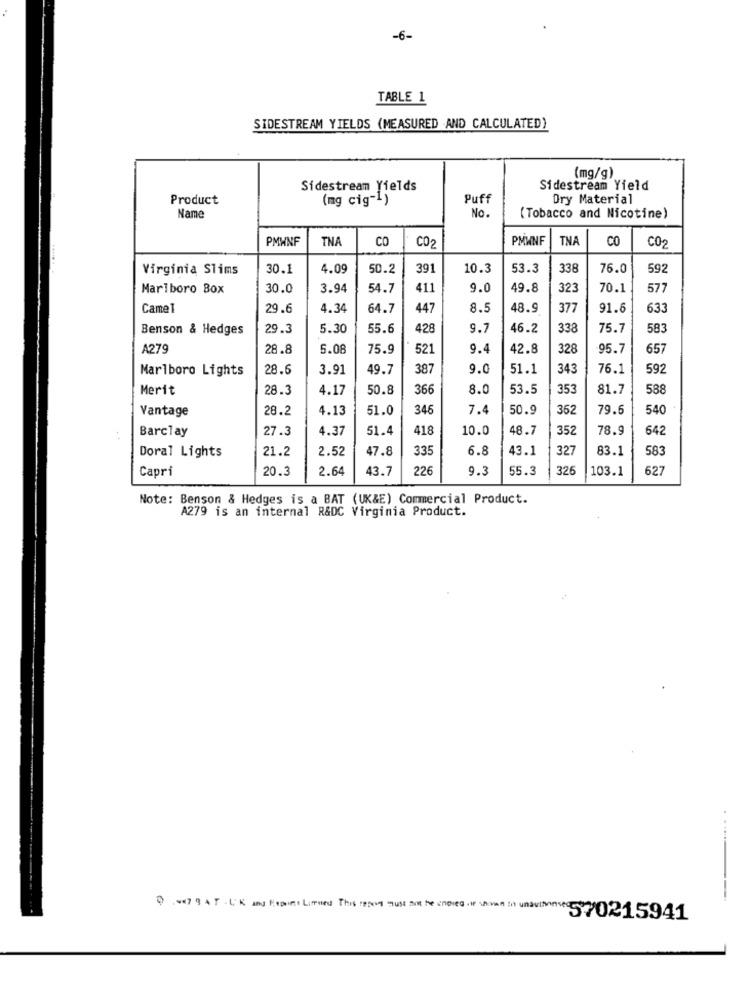
-6-
TABLE 1
SIDESTREAM YIELDS (MEASURED .AND CALCULATED)
(mg/g)
Sidestream Yields
Sidestream Yield
Product
(mg cig-1)
Puff
Dry Material
No.
Name
(Tobacco and Nicotine)
PMWNF
TNA
CO
PMWNF
TNA
CO
CO2
C02
Virginia Slims
30.1
4.09
50.2
391
10.3
53.3
338
76.0
592
Marlboro Box
30.0
3.94
54.7
411
9.0
49.8
323
70.1
577
Came1
29.6
4.34
64.7
447
8.5
48.9
377
91.6
633
Benson & Hedges
29.3
5.30
55.6
428
9.7
46.2
338
75.7
583
A279
28.8
5.08
75.9
521
9.4
42.8
328
95.7
657
Marlboro Lights
28.6
3.91
49.7
387
9.0
51.1
343
76.1
592
Merit
28.3
4.17
50.8
366
8.0
53.5
353
81.7
588
Vantage
28.2
4.13
51.0
346
7.4
50.9
362
79.6
540
Barclay
27.3
4.37
51.4
418
10.0
48.7
352
78.9
642
21.2
2.52
47.8
335
6.8
43.1
327
83.1
583
Doral Lights
Capri
20.3
2.64
43.7
226
9.3
55.3
326
103.1
627
Note: Benson & Hedges is a BAT (UK&E) Commercial Product.
A279 is an internal R&DC Virginia Product.
0.047 9 AT -L'K and Export Lined This repos must not be copied ne shown in unauthorve570215941